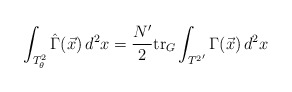
\begin{align*}\int_{T^2_\theta}\hat{\Gamma}(\vec x)\, d^2x =\frac{N'}{2} {\rm tr}_G\int_{{T^2}'} \Gamma(\vec x)\, d^2x\end{align*}